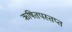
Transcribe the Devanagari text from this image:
ऋषितपस्तप्त